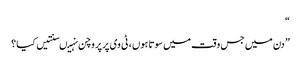
“
” دن میں جس وقت میں سوتا ہوں ، ٹی وی پر پروچن نہیںسنتیں کیا ؟